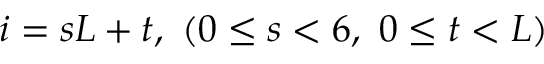
i = s L + t , \ ( 0 \le s < 6 , \ 0 \le t < L )